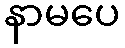
နာမပေ